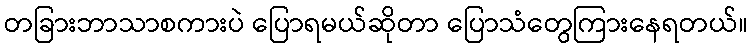
တခြားဘာသာစကားပဲ ပြောရမယ်ဆိုတာ ပြောသံတွေကြားနေရတယ်။